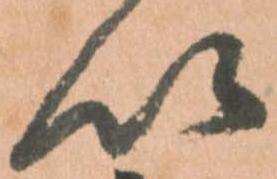
以